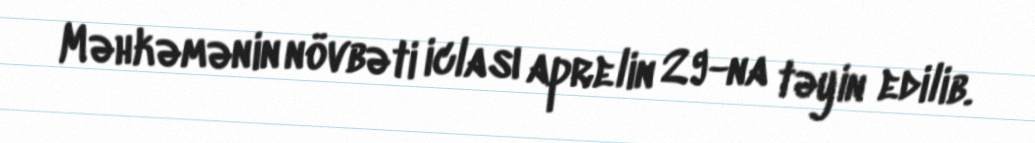
Məhkəmənin növbəti iclası aprelin 29-na təyin edilib.